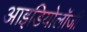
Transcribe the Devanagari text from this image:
आइडियोलॉजी